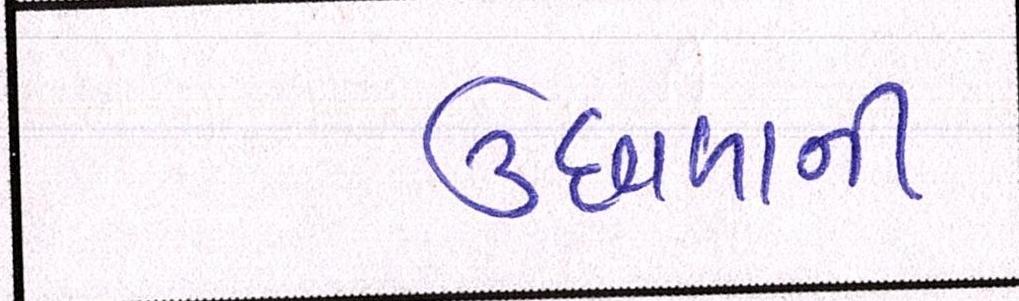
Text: ઉછાળાની